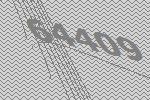
64409